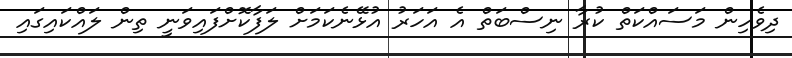
ދިވެހިން މަސައްކަތް ކުރާ ނިސްބަތް އެ އަހަރު އުޅޭނެކަމަށް ލަފާކޮށްފައިވަނީ ތިން ލައްކައިގައި